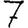
Digit: 7